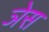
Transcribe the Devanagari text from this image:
ञेस